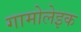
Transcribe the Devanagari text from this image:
गामोलेइक